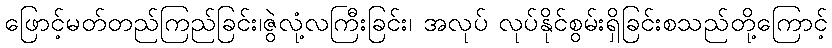
ဖြောင့်မတ်တည်ကြည်ခြင်း၊ဇွဲလုံ့လကြီးခြင်း၊ အလုပ် လုပ်နိုင်စွမ်းရှိခြင်းစသည်တို့ကြောင့်